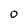
Character: 0